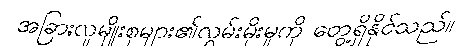
အခြားလူမျိုးစုများ၏လွှမ်းမိုးမှုကို တွေ့ရှိနိုင်သည်။